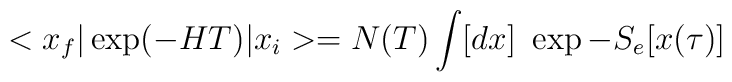
<x_f\vert \exp(- H T) \vert x_i> = N(T) \int [dx]  \ \exp - S_e[x(\tau)]